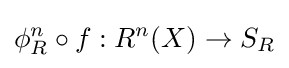
\phi _{R}^{n}\circ f:R^{n}(X)\rightarrow S_{R}